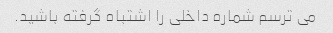
می ترسم شماره داخلی را اشتباه گرفته باشید.